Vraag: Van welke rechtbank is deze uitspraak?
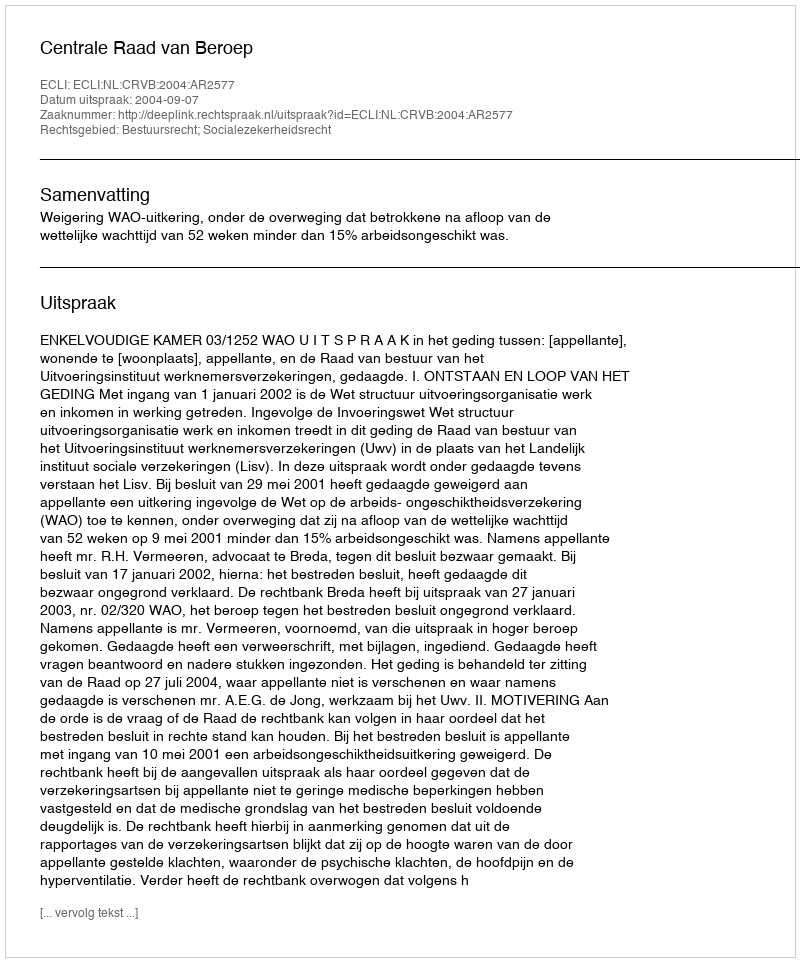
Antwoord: Centrale Raad van Beroep